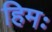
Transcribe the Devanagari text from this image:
हिमः